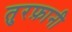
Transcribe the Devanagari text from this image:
तुरफ़ानी